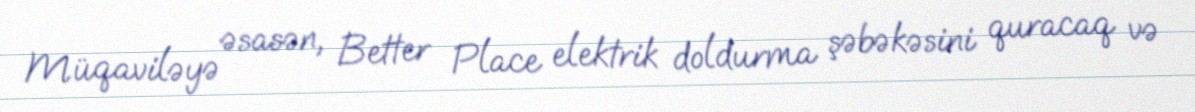
Müqaviləyə əsasən, Better Place elektrik doldurma şəbəkəsini quracaq və